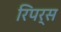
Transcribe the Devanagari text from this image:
रिपर्स